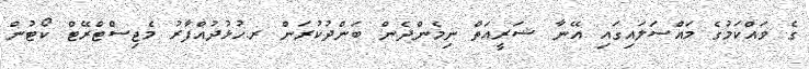
ގެ ވައްކަމުގެ މައްސަލައިގައި އޭނާ ޝަރީއަތް ނިމެންދެން ބަންދުކުރަން ރ.ހުޅުދުއްފާރު މެޖިސްޓްރޭޓް ކޯޓުން